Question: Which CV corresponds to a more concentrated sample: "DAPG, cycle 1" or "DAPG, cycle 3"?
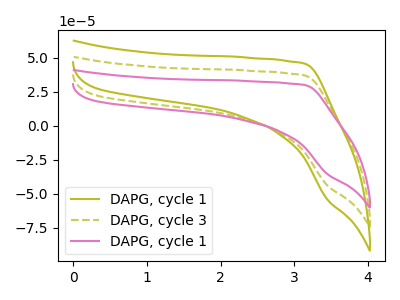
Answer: <think>The olive curve "DAPG, cycle 1" has no peaks. The olive dashed curve "DAPG, cycle 3" has no peaks. The pink curve "DAPG, cycle 1" has no peaks.
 Neither "DAPG, cycle 1" or "DAPG, cycle 3" have any peaks.</think>
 <answer>I cant tell if "DAPG, cycle 1" or "DAPG, cycle 3" has higher concentration.</answer>
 <eval>mixed_concentration</eval>